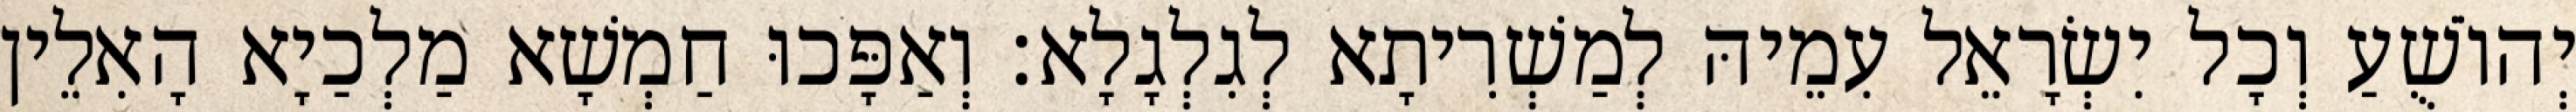
יְהוֹשֻׁעַ וְכָל יִשְׂרָאֵל עִמֵיהּ לְמַשְׁרִיתָא לְגִלְגָלָא׃ וְאַפָּכוּ חַמְשָׁא מַלְכַיָא הָאִלֵין